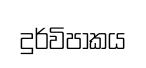
දුර්විපාකය